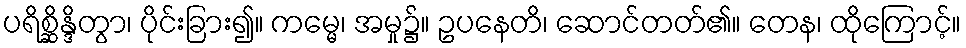
ပရိစ္ဆိန္ဒိတွာ၊ ပိုင်းခြား၍။ ကမ္မေ၊ အမှု၌။ ဥပနေတိ၊ ဆောင်တတ်၏။ တေန၊ ထိုကြောင့်။